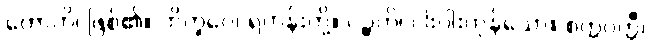
ဟောတိ၊ ဖြစ်၏။ ဘိက္ခဝေ၊ ရဟန်းတို့။ ပဉ္စဟိ၊ ငါးပါးကုန်သော။ စက္ကဝတ္တီ၊